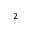
^ 2